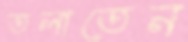
তলাতেন